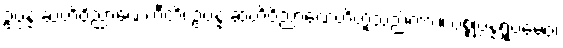
ဥပ္ပန္နံ ဆဟိဝိညာဏေဟီတိ၊ ဥပ္ပန္နံ ဆဟိဝိညာဏေဟိဟူသည်ကား။ ပစ္စုပ္ပန္နရူပမေဝ၊